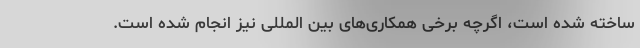
ساخته شده است، اگرچه برخی همکاری‌های بین المللی نیز انجام شده است.